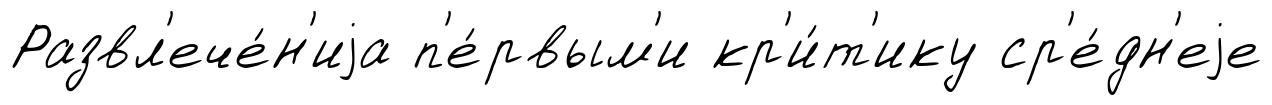
Развл'ече́н'иjа п'е́рвым'и кр'и́т'ику ср'е́дн'еjе